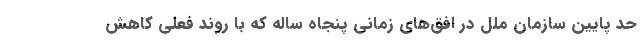
حد پایین سازمان ملل در افق‌های زمانی پنجاه ساله که با روند فعلی کاهش